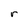
Character: r